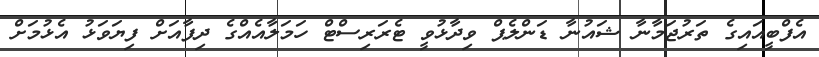
އެފްބީއައިގެ ތަރުޖަމާނާ ޝައުނާ ޑަންލެޕް ވިދާޅުވީ ޓެރަރިސްޓް ހަމަލާއެއްގެ ދިފާއަށް ފިޔަވަޅު އެޅުމަށް